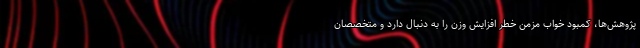
پژوهش‌ها، کمبود خواب مزمن خطر افزایش وزن را به‌ دنبال دارد و متخصصان